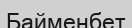
Байменбет